Veterinary [1916] -
Year: 1916
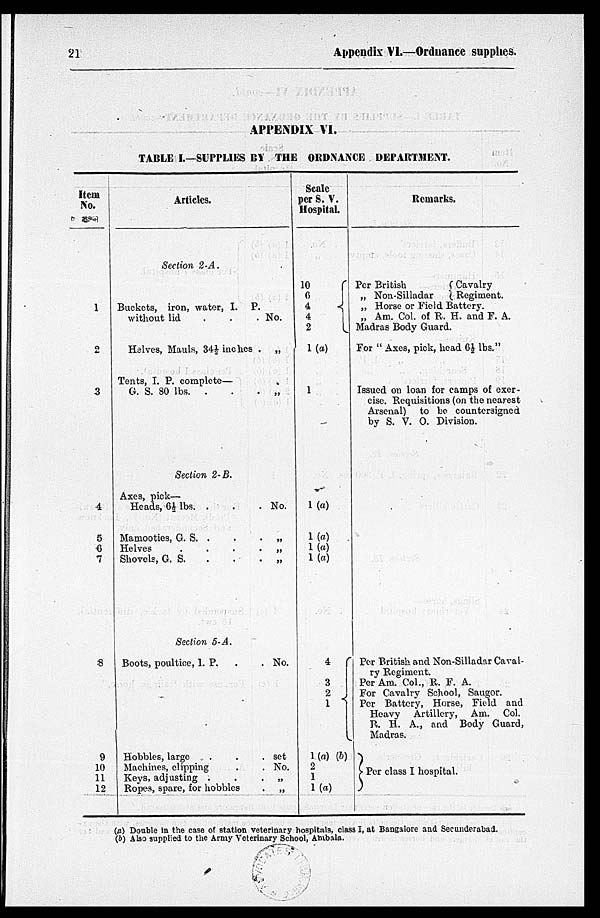
21
Appendix VI.—Ordnance supplies.
APPENDIX VI.
TABLE I.—SUPPLIES BY THE ORDNANCE DEPARTMENT.
Item
No.
1
2
3
4
5
6
7
8
9
10
11
12
Articles.
Section 2-A.
Buckets, iron, water, I. P.
without lid . . .
Halves, Mauls, 34½ inches .
Tents, I. P. complete—
G. S. 80 lbs. . . .
Section 2- B.
Axes, pick—
Heads, 6½ lbs. . . .
Mamooties, G. S. . .
Helves . . . .
Shovels, G. S.
Section 5-A.
Boots, poultice, I. P. . .
Hobbles, large . . .
Machines ,clipping . .
Keys, adjusting . . .
Ropes, spare, for hobbles .
No.
„
„
No.
„
„
„
No.
set
No
„
„
Scale
per S. V.
Hospital.
10
6
4 4
2
1 (a)
1
1 (a)
1 (a)
1 (a)
1 (a)
4
3
2
1
1 (a) (b)
2
1
1 (a)
Remarks.
Per British
„ Non Silladar
Cavalry
Regiment.
„ Horse or Field Battery
„ Am.Col.of R.H. and F.A.
Madras Body Guard.
For "Axes,pick,head 6½ lbs"
Issued on loan for camps of exer-
cise.Requisitions (on the nearest
Arsenal ) to be countersigned
by S.V.O Division.
Per British and Non-Silladar Caval-
ry Regiment.
Per Am. Col., R.F.A.
For Cavalry School ,Saugor.
Per Battery ,Horse ,Field and
Heavy Artillery, Am. Col.
R.H.A. and Body Guard,
Madras.
Per class I hospital.
(a) Double in the case of station veterinary hospitals, class I, at Bangalore and Secunderabad.
(b) Also supplied to the Army Veterinary School, Ambala.